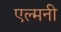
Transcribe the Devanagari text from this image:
एल्मनी